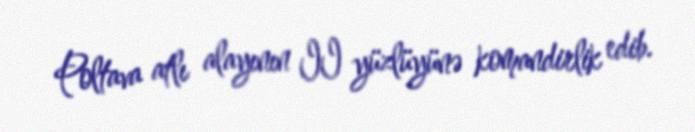
Poltava atlı alayının II yüzlüyünə komandirlik edib.